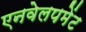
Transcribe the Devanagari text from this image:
एनवेलपमेंट